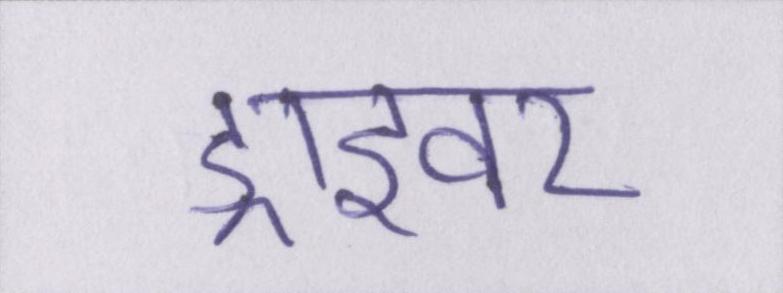
ड्राइवर